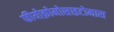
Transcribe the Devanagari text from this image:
फीयोक्रोमोसाइटोमास